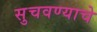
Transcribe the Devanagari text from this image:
सुचवण्याचे